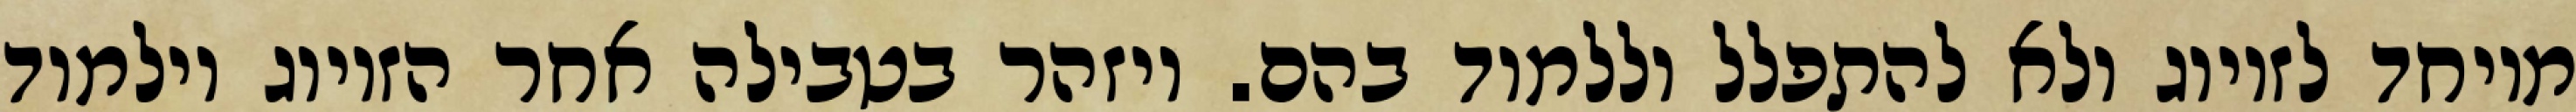
מיוחד לזיווג ולא להתפלל וללמוד בהם. ויזהר בטבילה אחר הזיווג וילמוד